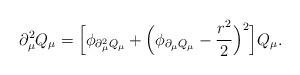
LaTeX: \begin{align*}\partial^2_\mu Q_\mu=\Big[\phi_{\partial^2_\mu Q_\mu}+\Big(\phi_{\partial_\mu Q_\mu}-\frac{r^2}{2}\Big)^2\Big]Q_\mu.\end{align*}